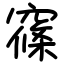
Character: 窱